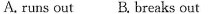
A. runs out B. Breaks out